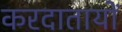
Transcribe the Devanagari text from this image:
करदातायों